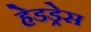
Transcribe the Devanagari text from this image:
हेडड्रेस